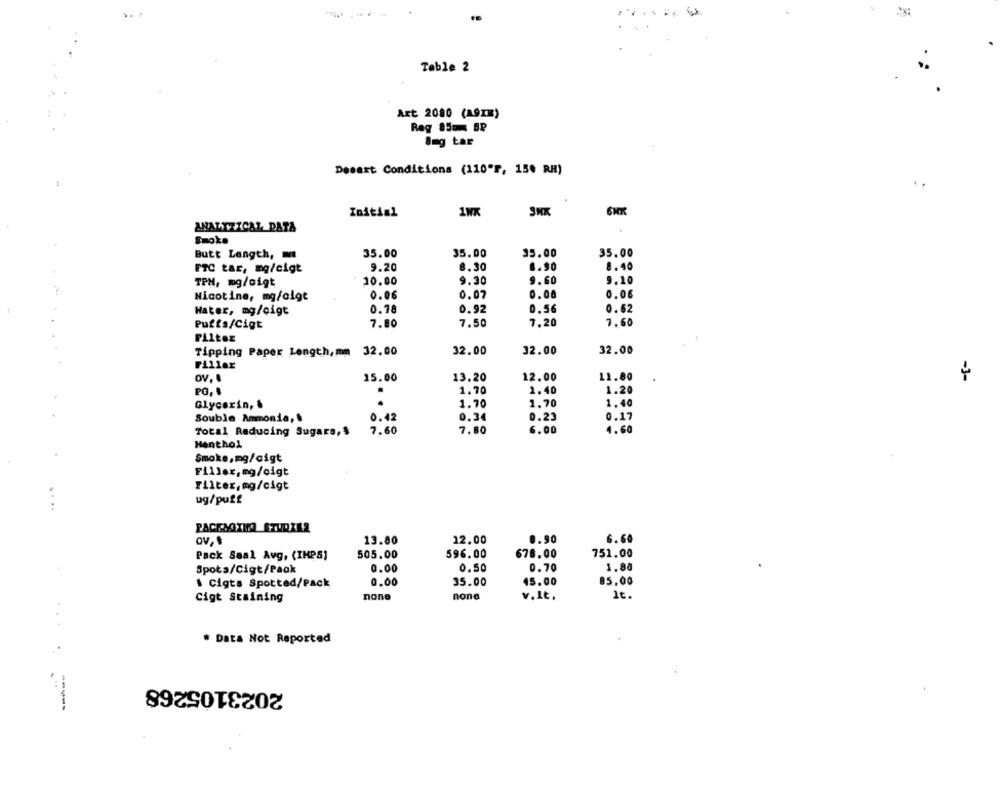
..
Table 2
Art 2080 (A9Im)
Rag 85mm BP
8mg tar
Desart Conditions (110"F, 150 RH)
1NK
ANALIZICAL, DATA
Smoke
35.00
35.00
35.00
35.00
Butt Length,
FTC tar, mg/cigt
9.20
8.30
8.90
8.40
TPH, mg/oigt
10.00
9.30
9.60
9.10
0.07
0.00
0.06
Nicotine, mg/olgt
0.06
0.78
0.92
0.56
0.62
Water, mg/cigt
Puffs/Cigt
7.80
7.50
7.20
7.60
Filter
Tipping Paper Length,mm 32.00
32.00
32.00
32.00
Fillax
OV,
15.00
13.20
12.00
11.80
-3-
PO. .
.
1.70
1.40
1.20
1.70
1.70
1.40
Glycerin, &
Souble Ammonia,
0.42
0.34
0.23
0.17
Total Reducing Sugars, $
7.60
7.80
6.00
4.60
Menthol
Smoke,mg/cigt
Filler, mg/oigt
Filter, mg/cigt
....
ug/puff
ov,
13.80
12.00
0.90
6.60
505.00
596.00
678.00
751.00
Pack Saal Avg, (IKPS)
Spota/Cigt/Pack
0.00
0.50
0.70
3.80
. Cigts Spotted/Pack
0.00
35.00
45.00
85.00
Cigt Staining
none
none
v.It .
It.
* Data Not Reported
2023105268